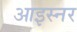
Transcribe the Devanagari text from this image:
आइस्नर